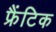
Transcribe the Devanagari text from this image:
फ्रैंटिक